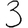
Digit: 3